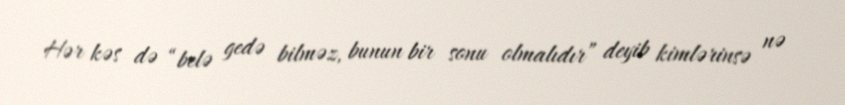
Hər kəs də “belə gedə bilməz, bunun bir sonu olmalıdır” deyib kimlərinsə nə